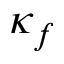
\kappa _ { f }